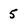
Character: 5